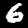
Digit: 6